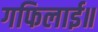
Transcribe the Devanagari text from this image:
गफिलाई॥